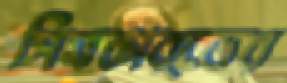
সিমকার্ডের